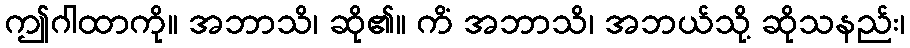
ဤဂါထာကို။ အဘာသိ၊ ဆို၏။ ကိံ အဘာသိ၊ အဘယ်သို့ ဆိုသနည်း၊